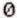
0